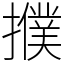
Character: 𢷏